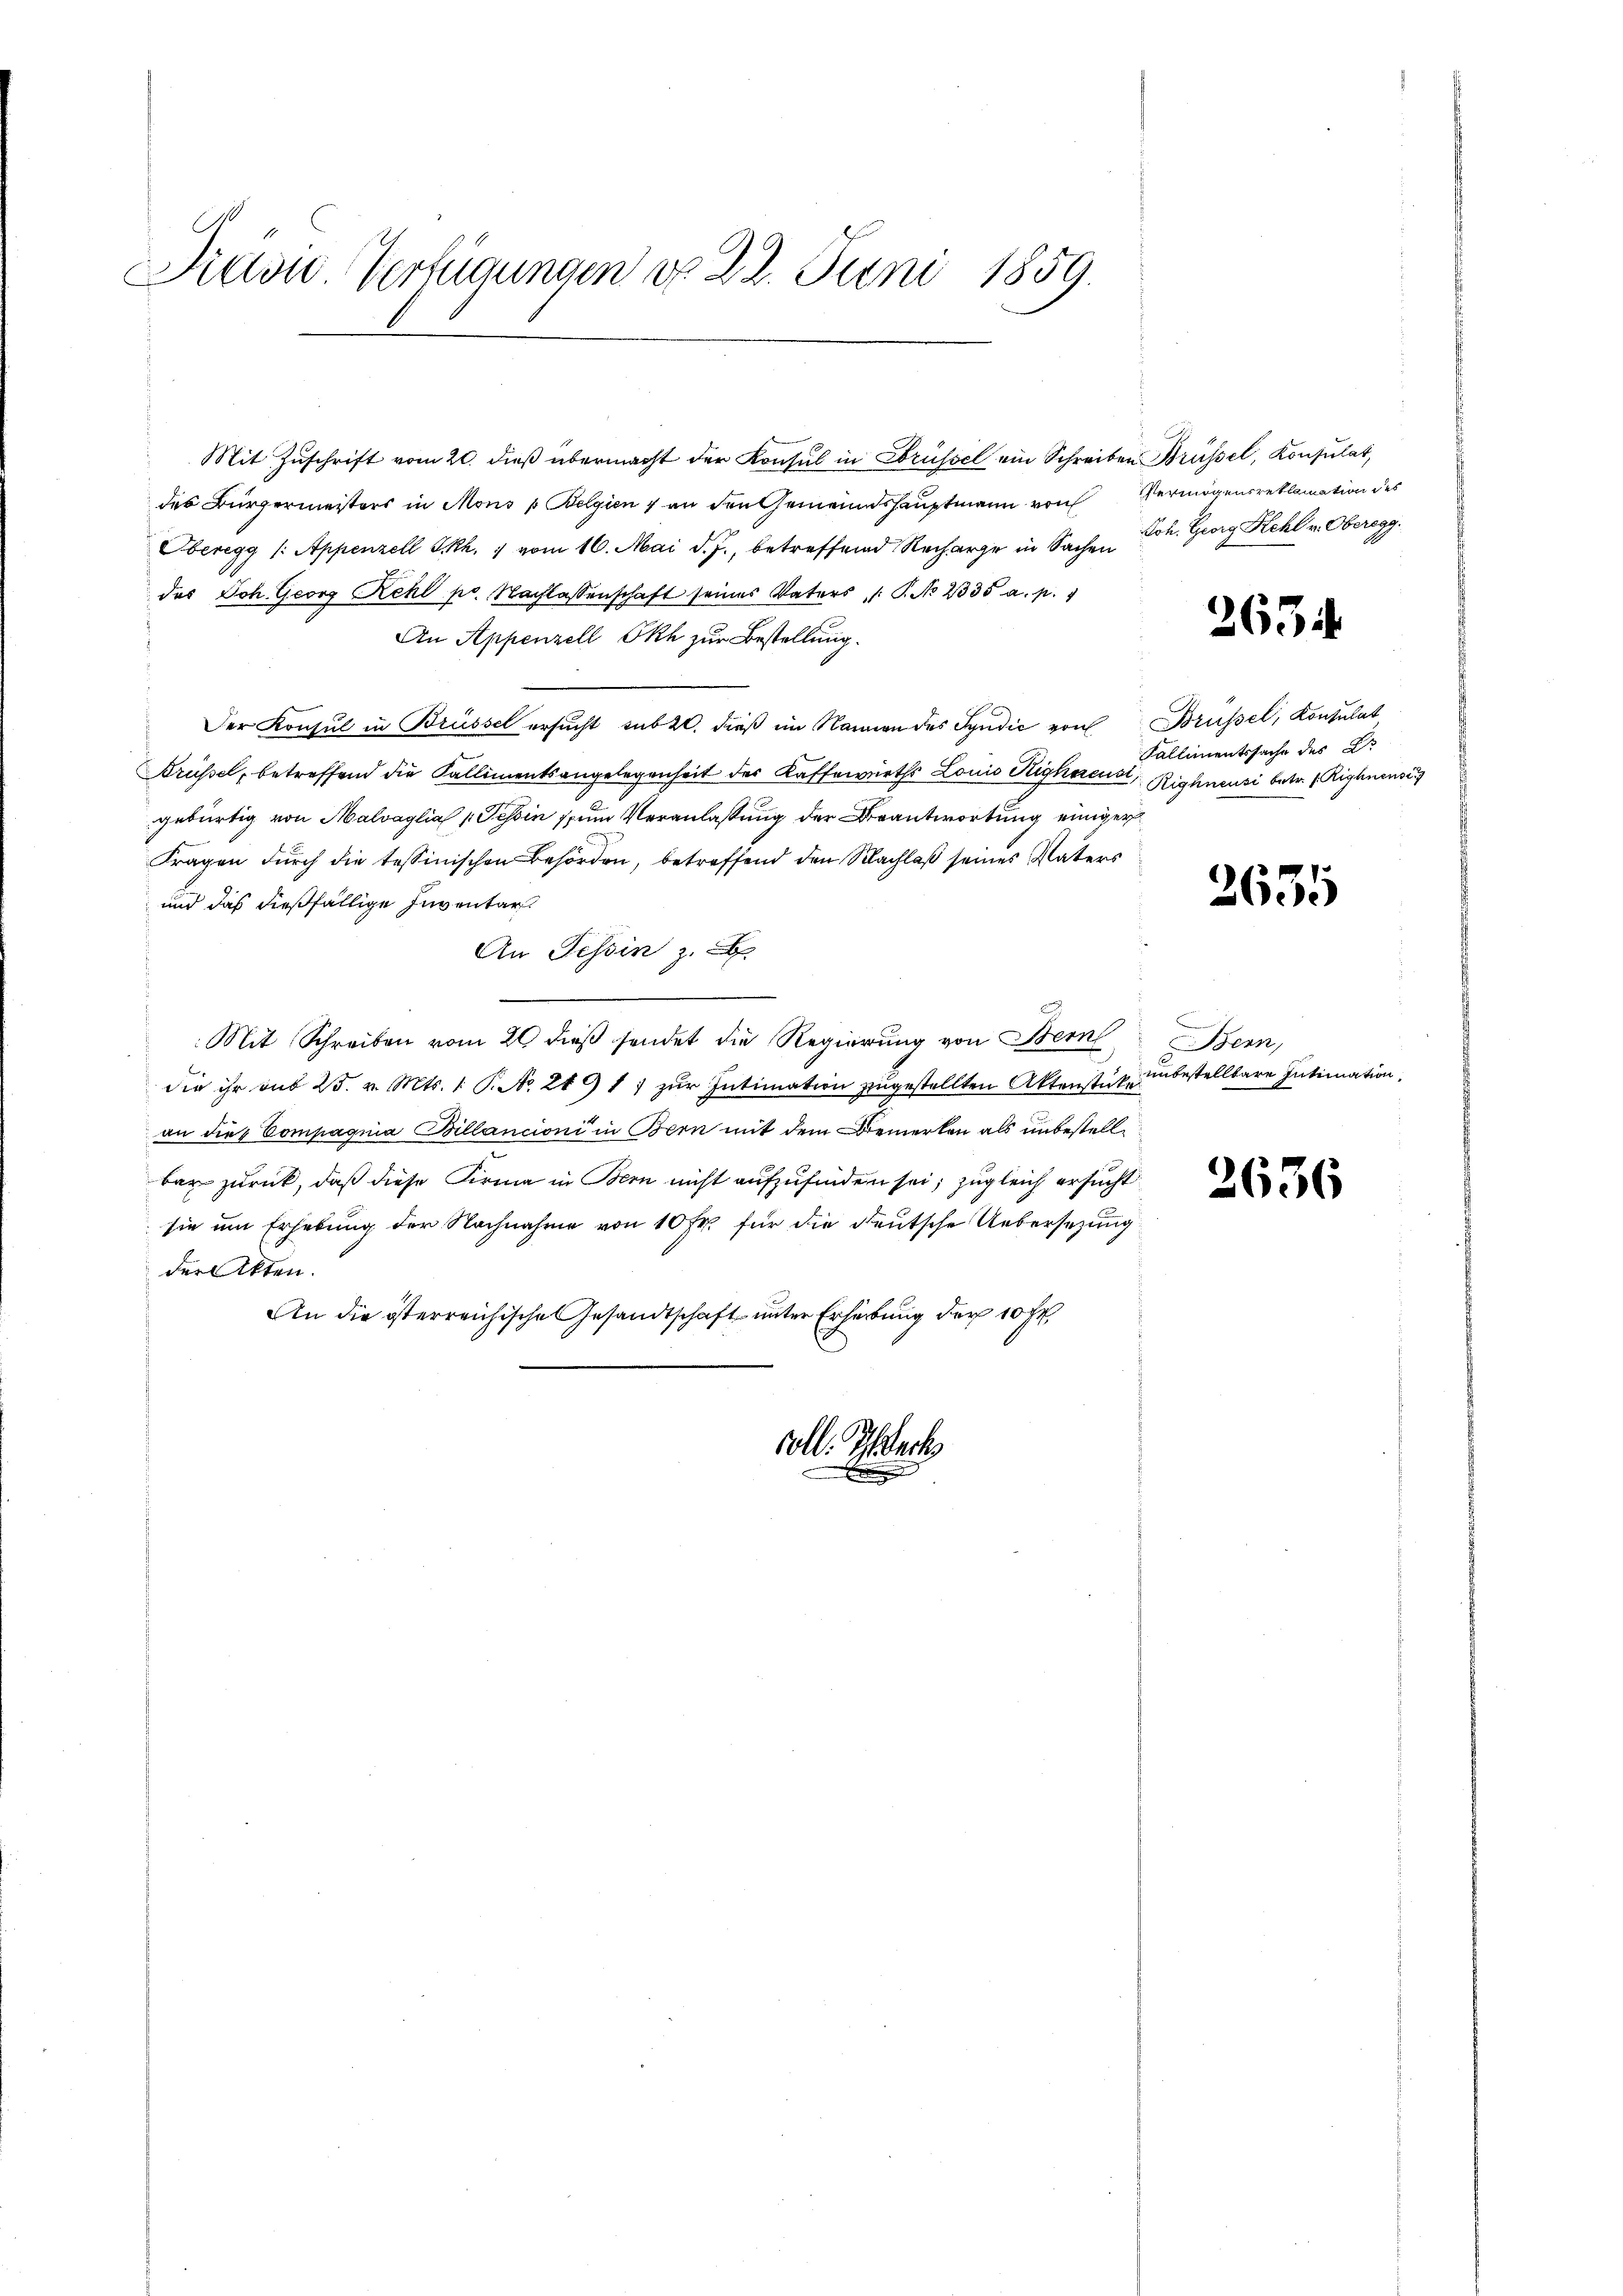
Pasu. Verfügungen d. 22. Juni 1859.

Mit Zŭschrift vom 20. dieβ übermacht der Konsul in Brüssel ein Schreiben Brüssel, Konsulat,
des Bürgermeisters in Mons Belgien & an den Gemeindshauptmann von Vermögensreklamation des
Oberegg /: Appenzell I.Rh. 1 vom 16. Mai d. J., betreffend Recharge in Sachen Joh. Georg Kehl v. Oberegg.
das Joh. Georg Rchl pr. Nachlassenschaft seines Vaters /: P. No 2335 a. p. 1
An Appenzell Okh zur Bestellung.
Der Konsul in Brüssel ersucht sub 20. dieß im Namen des Syndic von
Brüssel, betreffend die Kallimentsangelegenheit des Kaffewürths Lonio Sighoreust Righneusi betr. 1 Riphnense
gebürtig von Malvaglia 1 Tessin zum Veranlassung der Beantwortung einiger
Fragen durch die tessinischen Behörden, betreffend den Nachlaß seines Vaters
und das dießfällige Inventar.
An Tessin z. B.
Mit Schreiben vom 26 dieß sendet die Regierung von Bern
die ihr sub 25. v. Mts. 1. P. Nr. 219 11 zŭr Intimation zugestellten Aktenstück unbestellbare Intimation
an dies Compagnia Billancioni in Bern mit dem Bemerken als unbestell
bar zurück, daß diese Firma in Bern nicht aufzufinden sei, zugleich ersucht
sie um Erhebung der Nachnahme von 10 Fr. für die deutsche Uebersetzung
der Akten.
An die österreichische Gesandtschaft unter Erhebung der 10 fr.
soll. Schreck

2634

Brüssel, Konsulat,
Kallimentssache des L.

2635

Bern

2636